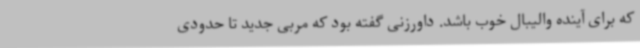
که برای آینده والیبال خوب باشد. داورزنی گفته بود که مربی جدید تا حدودی